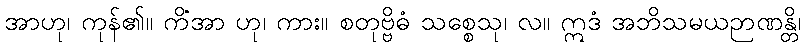
အာဟု၊ ကုန်၏။ ကိံအာ ဟု၊ ကား။ စတုဗ္ဗိဓံ သစ္စေသု၊ လ။ ဣဒံ အဘိသမယဉာဏန္တိ၊